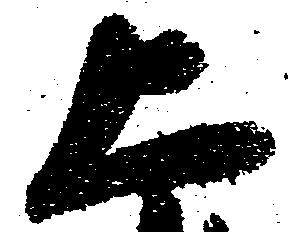
上